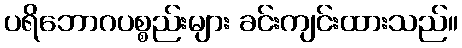
ပရိဘောဂပစ္စည်းများ ခင်းကျင်းထားသည်။